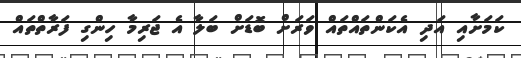
ކަމަށާއި އަދި އެކަންތައްތައް ވަރަށް ބޮޑަށް ބަލާ އެ ޖަރިމާ ހިންގި ފަރާތްތައް